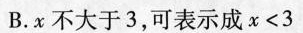
B.x不大于3，可表示成$$x < 3$$